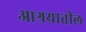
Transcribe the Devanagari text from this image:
आश्रयातील